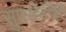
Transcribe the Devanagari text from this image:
सुपरहेरोइन